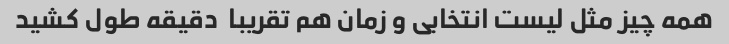
همه چیز مثل لیست انتخابی و زمان هم تقریبا  دقیقه طول کشید